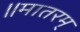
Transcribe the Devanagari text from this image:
॥मातरम्